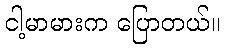
ငါ့မာမားက ပြောတယ်။